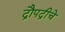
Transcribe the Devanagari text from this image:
द्रौपद्रीचे